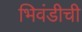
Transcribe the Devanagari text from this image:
भिवंडीची